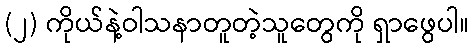
(၂) ကိုယ်နဲ့ဝါသနာတူတဲ့သူတွေကို ရှာဖွေပါ။